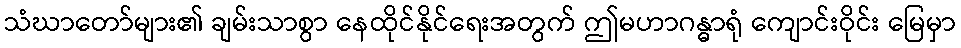
သံဃာတော်များ၏ ချမ်းသာစွာ နေထိုင်နိုင်ရေးအတွက် ဤမဟာဂန္ဓာရုံ ကျောင်းဝိုင်း မြေမှာ